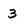
Character: 3